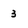
Character: 3